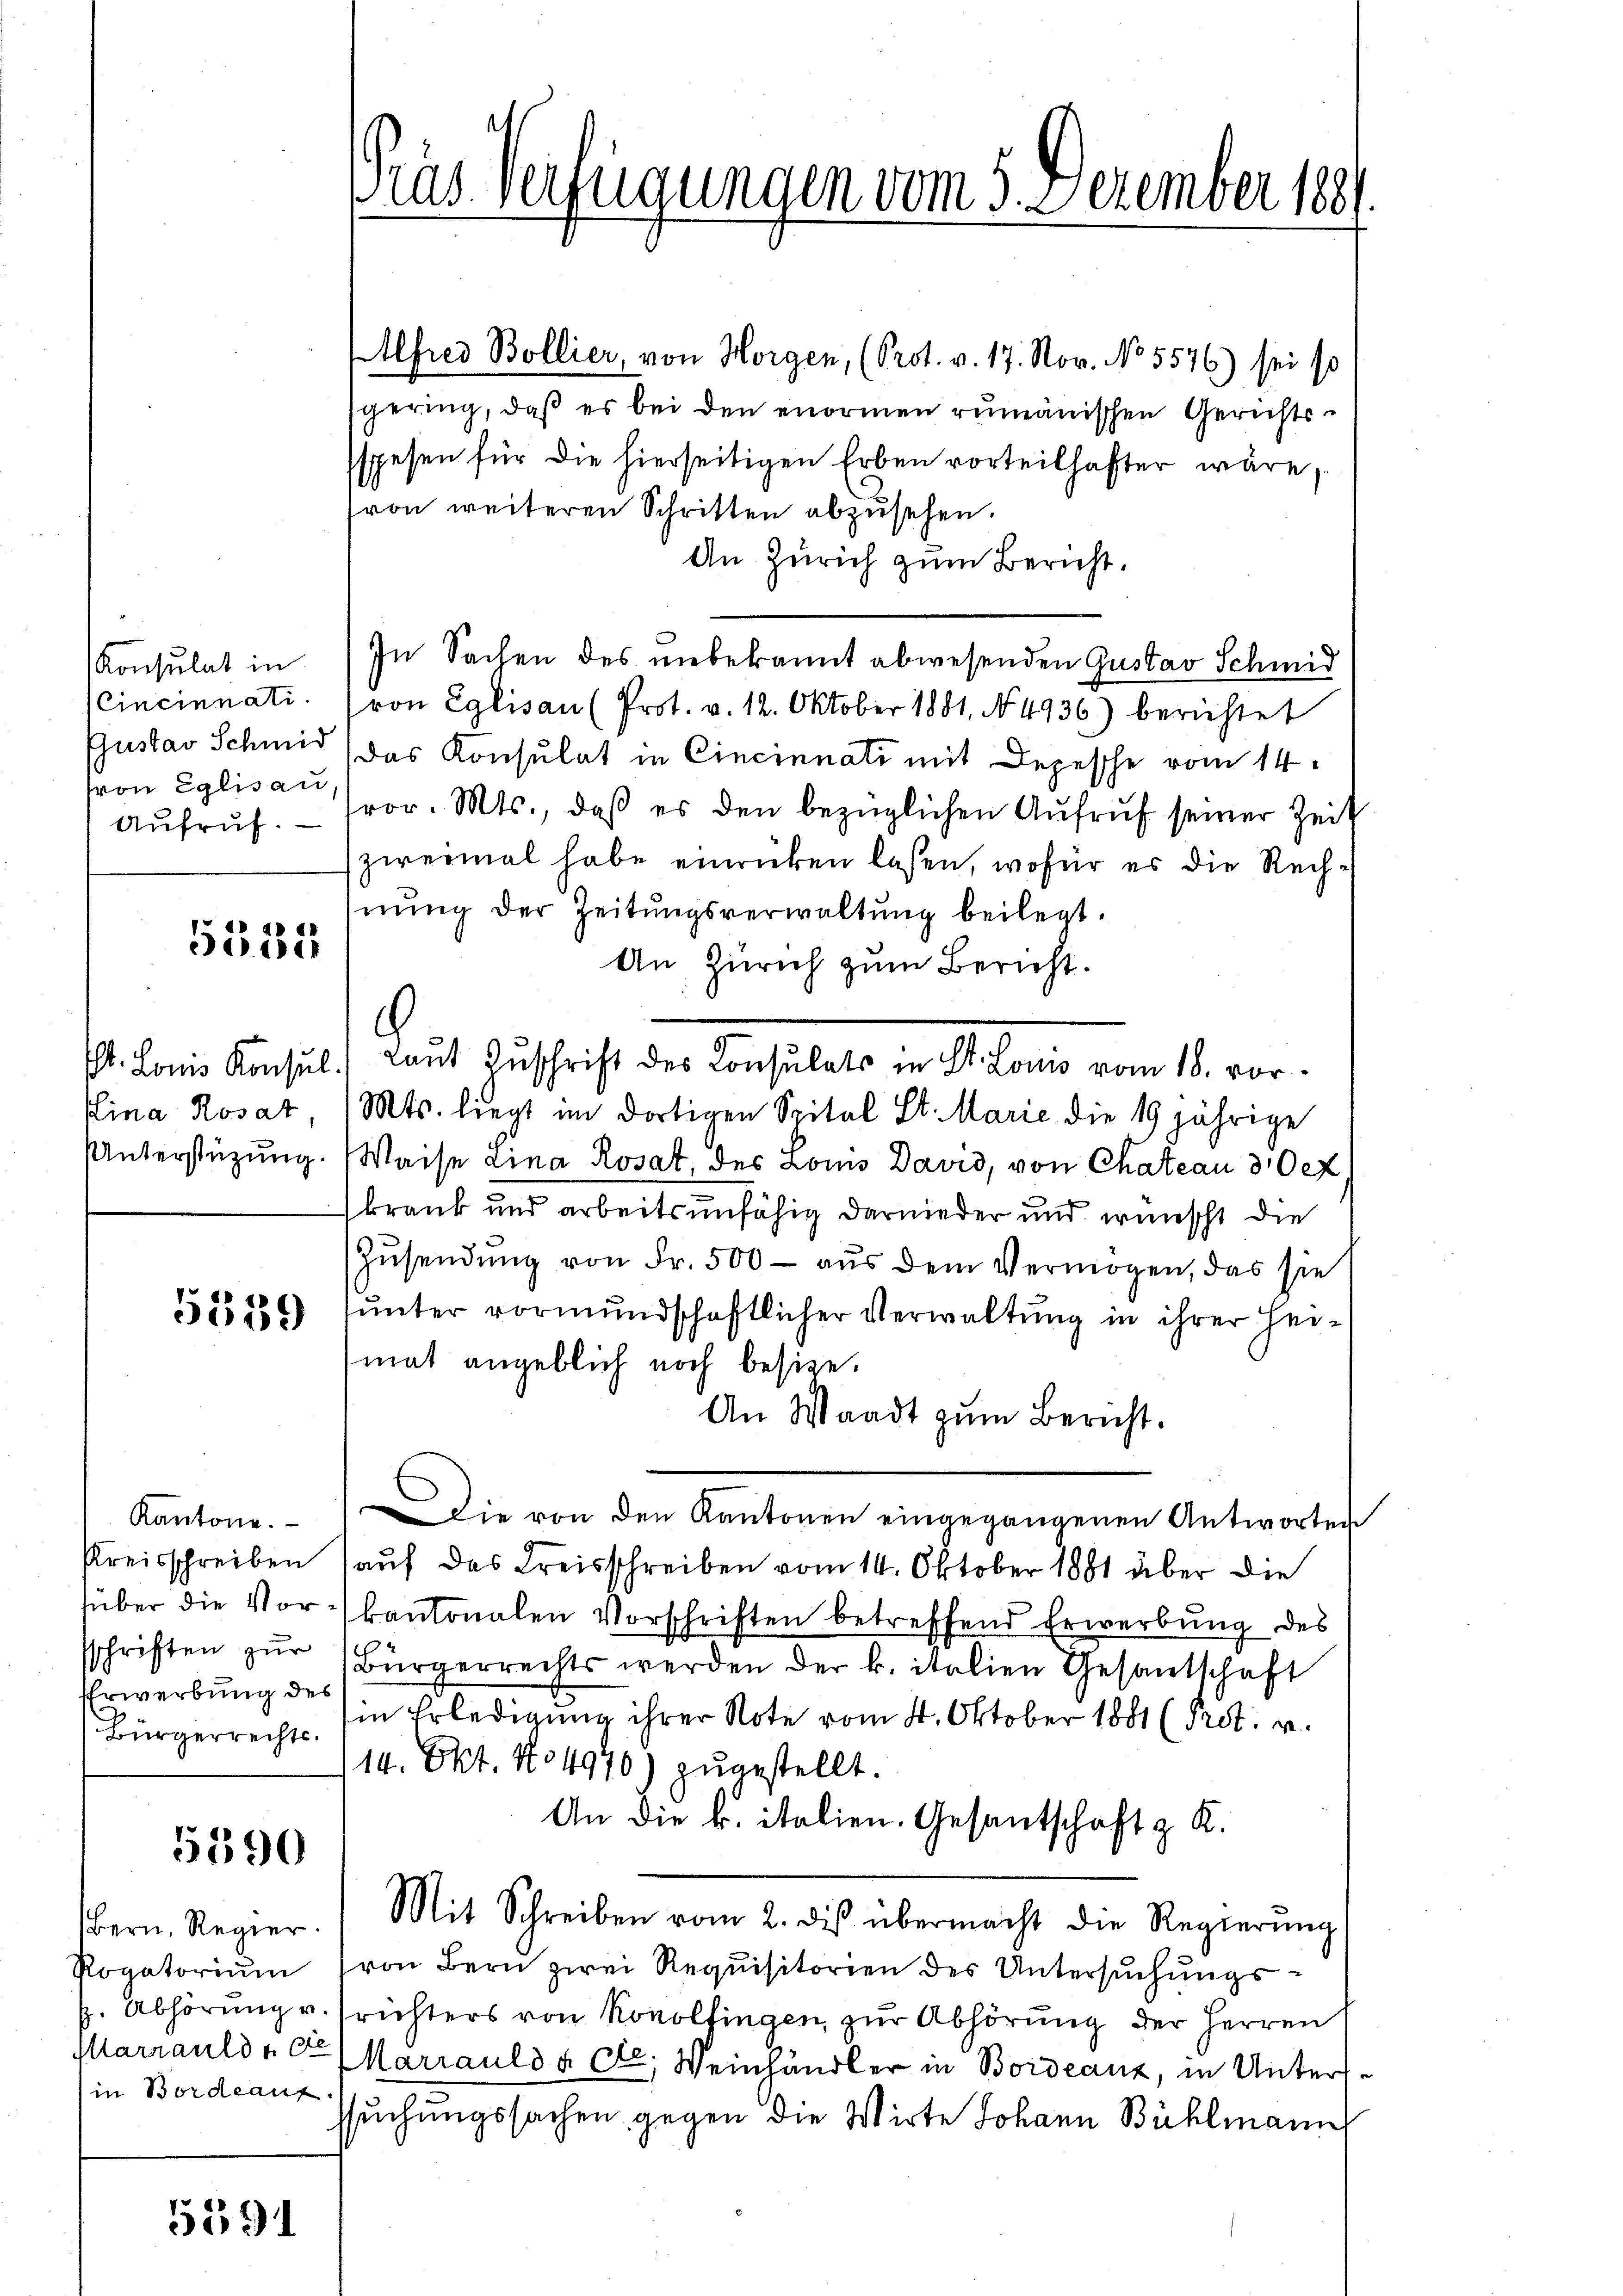
h

(von Eglisau
Aufruf.

Alfred Bollier, von Horgen, (Prot. v. 17. Nov. No 5576) sei so
spering, daß es bei den enormen rumänischen Gerichtsspesen für die hierseitigen Erben vorteilhafter wäre,
von weiteren Schritten abzusehen.
An Zürich zum Bericht.
Konsulat in In Sachen des unbekannt abwesenden Gustav Schmid
Cincinnati (von Eglisau (Prot. v. 12. Oktober 1881, No 4936) berichtet
Gustav Schmid (das Konsulat in Cincinnati mit Depesche vom 14.
vor. Mts., daß es den bezüglichen Aufruf seiner Zeit
zweimal habe einrücken lassen, wofür es die Rechnŭng der Zeitŭngsverwaltŭng beilegt.
An Zürich zum Bericht.
. Lois Konsul.) Laut Zuschrift des Consulats in St. Louis vom 18. vor¬
Elina Rosaz, /Mts. liegt im dortigen Spital St. Marie die 19 jährige
Unterstützung. Waise Lina Rosat, des Lois David, von Chateau d Oet
krank und arbeitsunfähig darnieder und wünscht die
Zusendung von Fr. 500 — aus dem Vermögen, das sie
unter vormundschaftlicher Verwaltung in ihrer Hei¬
5559
mat angeblich noch besize.
An Waadt zum Bericht.
Kantone. Die von den Kantonen eingegangenen Antworten
Kreisschreiben auf das Kreisschreiben vom 14. Oktober 1881 über die
süber die Vor kantonalen Vorschriften betreffend Erwerbung des
sschriften zŭr Bürgerrechts werden der k. italien Gesantschaft
EErwerbung des
in Erledigung ihrer Note vom 4. Oktober 1881 (Prot. v.
Bürgerrechts-
14. Okt. No 4940) zugestellt.
An die k. italien. Gesantschaft z. K.
5590
Bern Regier.) Mit Schreiben vom 2. diβ übermacht die Regierŭng
Rogatoriŭm (von Bern zwei Requisitorien des Untersŭchŭngs-
p. Abhörung u. richters von Konolfingen, zur Abhörung der Herren
Marrauld u Ctr. Mariauld & Cie. Weinhändler in Bordeanz, in Untersin Bordeauf
ssuchungssachen gegen die Wirte Johann Bühlmann

5552

5591

rus. Verfügungen vom 5. Dezember 1881.